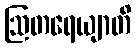
ဩတရေယျာတိ